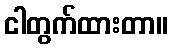
ငါတွက်ထားတာ။